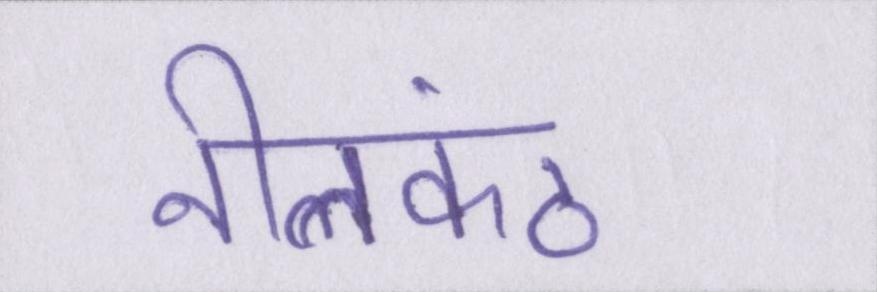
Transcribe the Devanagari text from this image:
नीलकंठ